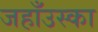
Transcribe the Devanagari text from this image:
जहाँउस्का